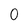
Character: O